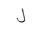
Letter: _lam